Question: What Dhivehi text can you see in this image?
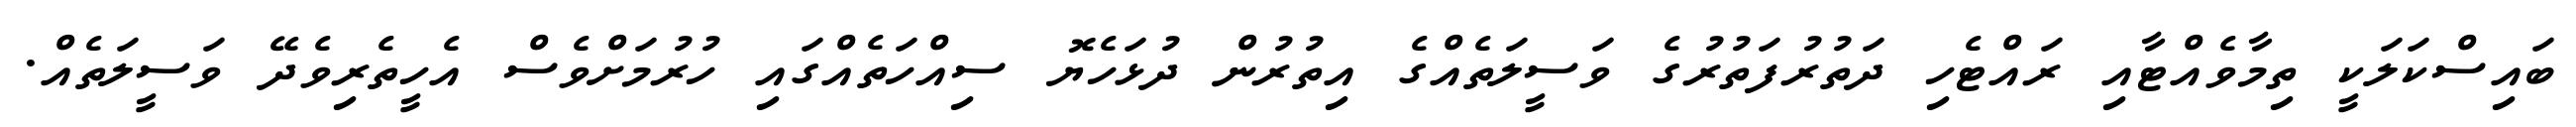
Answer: ބައިސްކަލަކީ ތިމާވެއްޓާއި ރައްޓެހި ދަތުރުފަތުރުގެ ވަސީލަތެއްގެ އިތުރުން ދުޅަހެޔޮ ސިއްހަތެއްގައި ހުރުމަށްވެސް އެހީތެރިވެދޭ ވަސީލަތެއް.